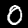
Label: 0